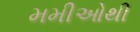
મમીઓથી